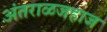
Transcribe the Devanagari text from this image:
अंतराळजहाज